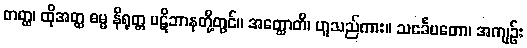
တတ္ထ၊ ထိုအတ္ထ ဓမ္မ နိရုတ္တ ပဋိဘာနတို့တွင်။ အတ္ထောတိ၊ ဟူသည်ကား။ သင်္ခေပတော၊ အကျဉ်း